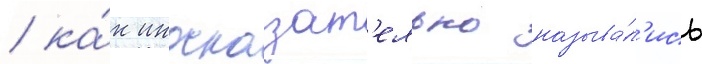
/ ка́к иносказат'ельно называ́л'ись